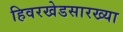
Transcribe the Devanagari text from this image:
हिवरखेडसारख्या